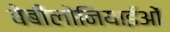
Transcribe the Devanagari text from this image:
बेबीलोनियाईओं